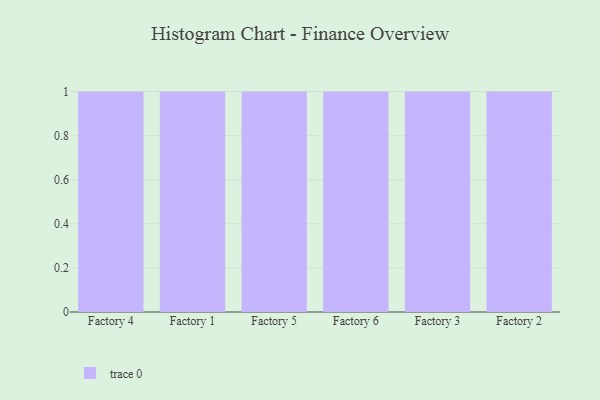
{"axis": {"x": "Factory", "y": "Latency (ms)"}, "legend": [""], "data": [{"x": "Factory 4", "y": 84, "type": ""}, {"x": "Factory 1", "y": 58, "type": ""}, {"x": "Factory 5", "y": 76, "type": ""}, {"x": "Factory 6", "y": 85, "type": ""}, {"x": "Factory 3", "y": 57, "type": ""}, {"x": "Factory 2", "y": 55, "type": ""}]}